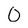
Character: 0